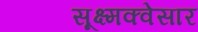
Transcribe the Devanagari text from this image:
सूक्ष्मक्वेसार